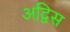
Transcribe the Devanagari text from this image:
अद्विस